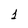
Character: 1